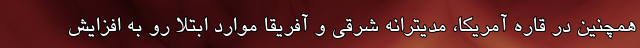
همچنین در قاره آمریکا، مدیترانه شرقی و آفریقا موارد ابتلا رو به افزایش